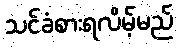
သင်ခံစားရလိမ့်မည်